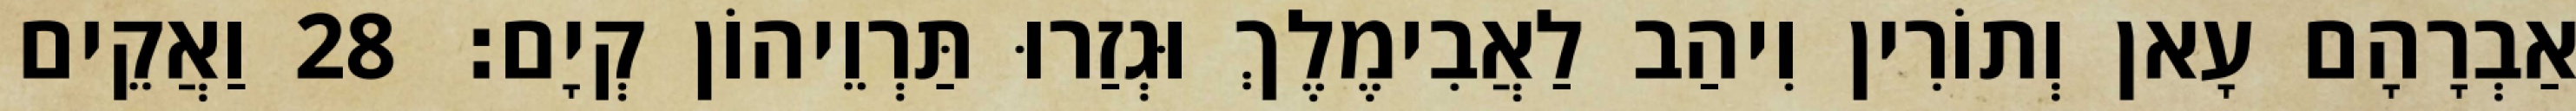
אַבְרָהָם עָאן וְתוֹרִין וִיהַב לַאֲבִימֶלֶךְ וּגְזַרוּ תַּרְוֵיהוֹן קְיָם׃ 28 וַאֲקֵים